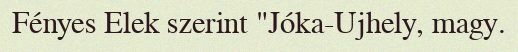
Fényes Elek szerint "Jóka-Ujhely, magy.